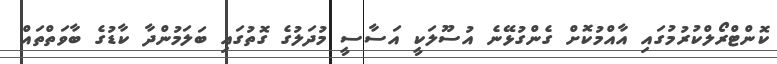
ކޮންޓްރޯލްކުރުމުގައި އާއްމުކޮށް ގެންގުޅޭނެ އުސޫލަކީ އަސާސީ މުދަލުގެ ގޮތުގައި ބަލަމުންދާ ކާޑުގެ ބާވަތްތައް